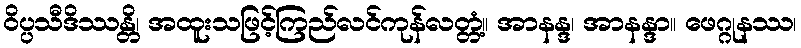
ဝိပ္ပသီဒိဿန္တိ၊ အထူးသဖြင့်ကြည်လင်ကုန်လတ္တံ့။ အာနန္ဒ၊ အာနန္ဒာ။ ဖေဂ္ဂုနဿ၊